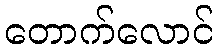
တောက်လောင်